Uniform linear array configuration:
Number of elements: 64
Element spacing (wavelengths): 0.25
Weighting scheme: kaiser
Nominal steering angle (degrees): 45
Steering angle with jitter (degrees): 43.214
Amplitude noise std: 0.05
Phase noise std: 0.05

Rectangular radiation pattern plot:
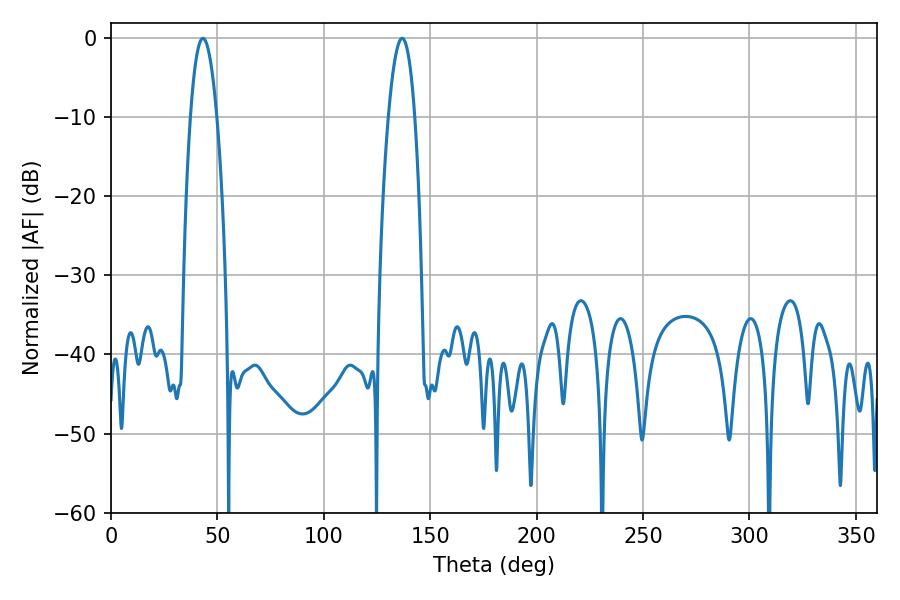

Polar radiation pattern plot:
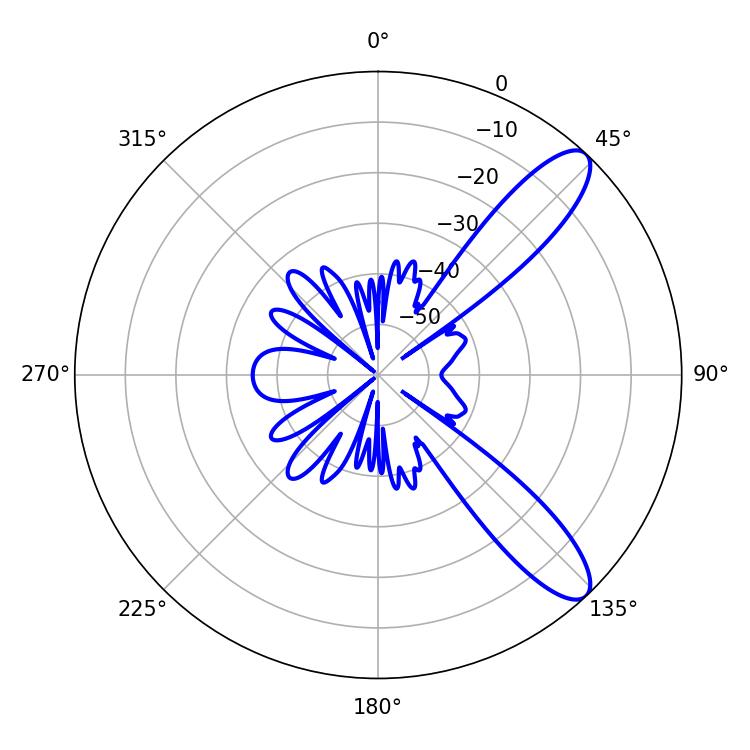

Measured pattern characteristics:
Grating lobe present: FALSE
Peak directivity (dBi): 10.544
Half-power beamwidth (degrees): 6.84
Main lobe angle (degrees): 43.2